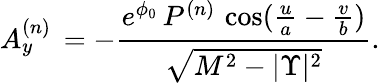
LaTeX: A_{y}^{(n)}\, =-{\frac{{e^{\phi_{0}}}\, P^{(n)}\, \cos({\frac{u}{a}}-{\frac{v}{b}})}{{\sqrt{{M^{2}}-{|\Upsilon|^{2}}}}}}.